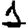
Digit: 1